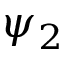
\psi _ { 2 }